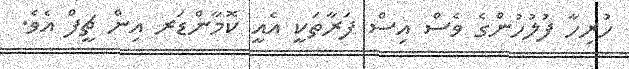
ހުރިހާ ފުލުހުންގެ ވެސް އިސް ފަރާތަކީ އެއީ ކޮމާންޑަރ އިން ޗީފް އެވެ.